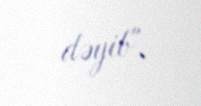
dəyib".